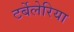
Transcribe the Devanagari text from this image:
टर्बेलेरिया